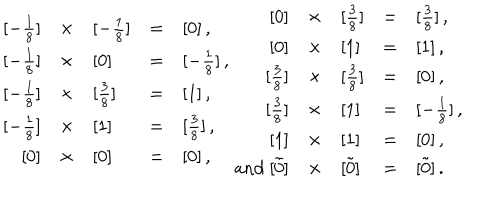
LaTeX: \begin{array} { r c l c l } { { { } [ - \frac { 1 } { 8 } ] } } & { { \times } } & { { [ - \frac { 1 } { 8 } ] } } & { { = } } & { { [ 0 ] \, , } } \\ { { { } [ - \frac { 1 } { 8 } ] } } & { { \times } } & { { [ 0 ] } } & { { = } } & { { [ - \frac { 1 } { 8 } ] \, , } } \\ { { { } [ - \frac { 1 } { 8 } ] } } & { { \times } } & { { [ \frac { 3 } { 8 } ] } } & { { = } } & { { [ 1 ] \, , } } \\ { { { } [ - \frac { 1 } { 8 } ] } } & { { \times } } & { { [ 1 ] } } & { { = } } & { { [ \frac { 3 } { 8 } ] \, , } } \\ { { { } [ 0 ] } } & { { \times } } & { { [ 0 ] } } & { { = } } & { { [ 0 ] \, , } } \\ \end{array} \begin{array} { r c l c l } { { { } [ 0 ] } } & { { \times } } & { { [ \frac { 3 } { 8 } ] } } & { { = } } & { { [ \frac { 3 } { 8 } ] \, , } } \\ { { { } [ 0 ] } } & { { \times } } & { { [ 1 ] } } & { { = } } & { { [ 1 ] \, , } } \\ { { { } [ \frac { 3 } { 8 } ] } } & { { \times } } & { { [ \frac { 3 } { 8 } ] } } & { { = } } & { { [ 0 ] \, , } } \\ { { { } [ \frac { 3 } { 8 } ] } } & { { \times } } & { { [ 1 ] } } & { { = } } & { { [ - \frac { 1 } { 8 } ] \, , } } \\ { { { } [ 1 ] } } & { { \times } } & { { [ 1 ] } } & { { = } } & { { [ 0 ] \, , } } \\ { { \mathrm { a n d \ } { } [ \tilde { 0 } ] } } & { { \times } } & { { [ \tilde { 0 } ] } } & { { = } } & { { [ \tilde { 0 } ] \, . } } \\ \end{array}